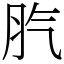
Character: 䏗